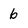
Character: 6